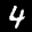
Label: 4